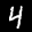
Label: 4